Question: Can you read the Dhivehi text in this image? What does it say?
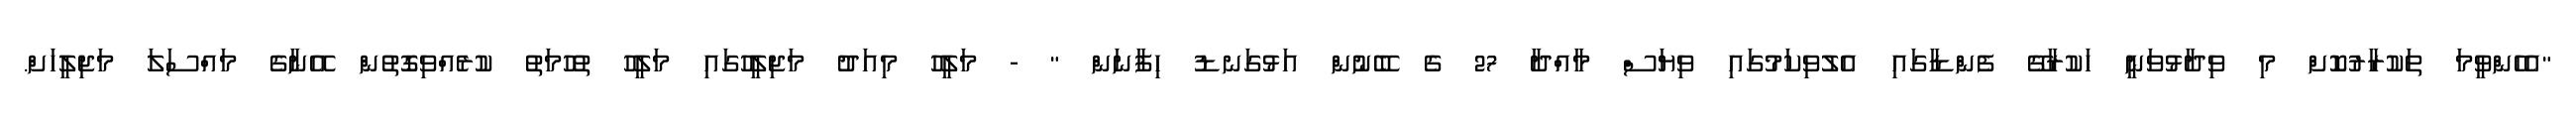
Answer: "އެހެންވީމަ ތަކުރާރުކޮށް މި ވިދާޅުވަނީ ހަކުރާގޭ ފެންޑާގައި އެލުވިކަމުގައި ވިޔަސް މާއްދާ 27 ގެ ބޭނުން އަޅުގަނޑު ހިފާނަން " - މަލީހު މިއަދު މަޖިލީހުގައި މަލީހު ތުހުމަތު ކުރެއްވިގޮތުން އޭނާގެ މައްސަލަ މަޖިލީހަށް.